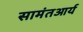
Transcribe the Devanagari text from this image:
सामंतआर्य